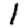
Digit: 1